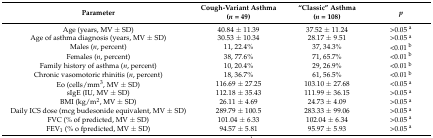
| Parameter | Cough-Variant Asthma (n = 49) | “Classic” Asthma (n = 108) | p |
 | --- | --- | --- | --- |
 | Age (years, MV ± SD) | 40.84 ± 11.39 | 37.52 ± 11.24 | >0.05 a |
 | Age of asthma diagnosis (years, MV ± SD) | 30.53 ± 10.34 | 28.17 ± 9.51 | >0.05 a |
 | Males (n, percent) | 11, 22.4% | 37, 34.3% | <0.01 b |
 | Females (n, percent) | 38, 77.6% | 71, 65.7% | <0.01 b |
 | Family history of asthma (n, percent) | 10, 20.4% | 29, 26.9% | <0.01 b |
 | Chronic vasomotoric rhinitis (n, percent) | 18, 36.7% | 61, 56.5% | <0.01 b |
 | Eo (cells/mm3, MV ± SD) | 116.69 ± 27.25 | 103.10 ± 27.68 | <0.05 a |
 | sIgE (IU, MV ± SD) | 112.18 ± 35.43 | 111.99 ± 36.15 | >0.05 a |
 | BMI (kg/m2, MV ± SD) | 26.11 ± 4.69 | 24.73 ± 4.09 | >0.05 a |
 | Daily ICS dose (mcg budesonide equivalent, MV ± SD) | 289.79 ± 100.5 | 283.33 ± 99.06 | >0.05 a |
 | FVC (% of predicted, MV ± SD) | 101.04 ± 6.33 | 102.04 ± 6.34 | >0.05 a |
 | FEV1 (% o fpredicted, MV ± SD) | 94.57 ± 5.81 | 95.97 ± 5.93 | >0.05 a |